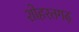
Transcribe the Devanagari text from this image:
शोहरतगढ़